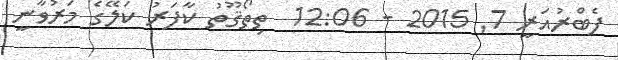
ފެބްރުއަރީ 7